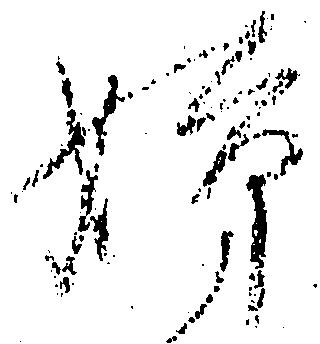
姉